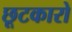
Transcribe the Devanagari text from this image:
छूटकारो